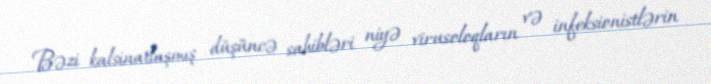
Bəzi kalsinatlaşmış düşüncə sahibləri niyə virusoloqların və infeksionistlərin